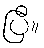
ပြီ။